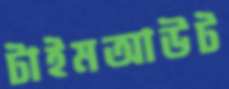
টাইমআউট